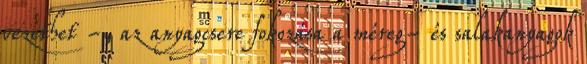
vezethet -, az anyagcsere fokozása a méreg- és salakanyagok